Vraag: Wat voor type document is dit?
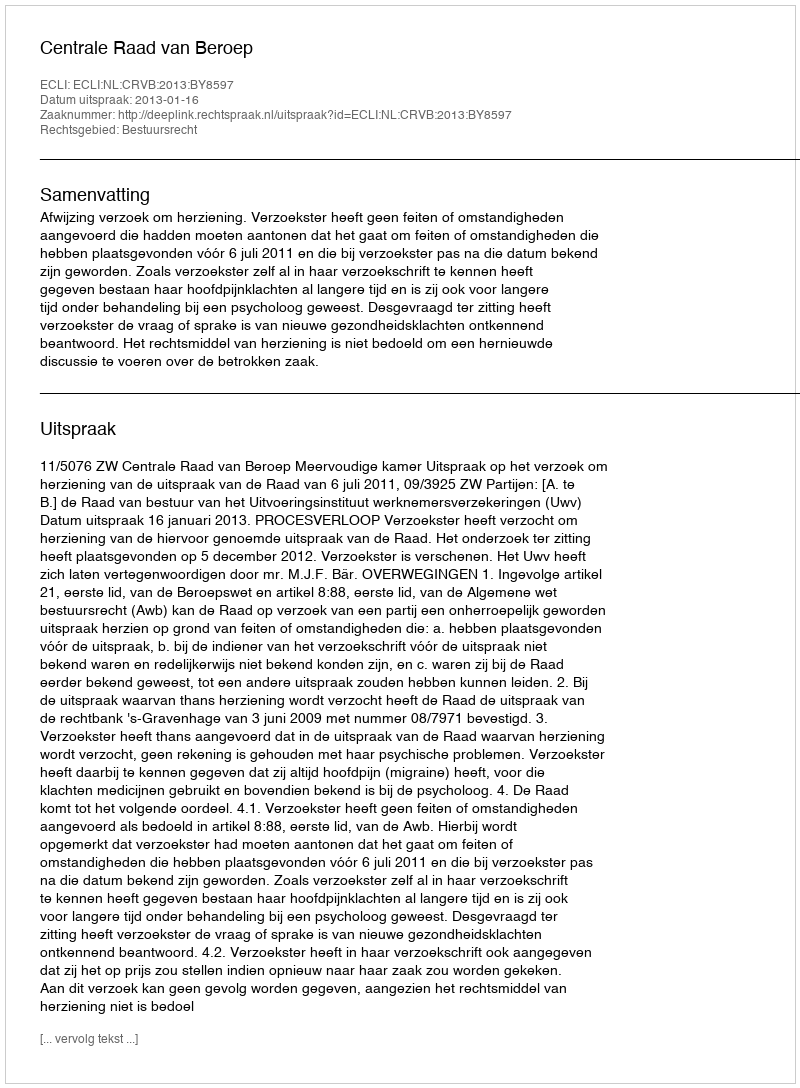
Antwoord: Uitspraak